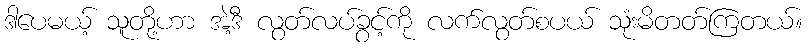
ဒါပေမယ့် သူတို့ဟာ အဲ့ဒီ လွတ်လပ်ခွင့်ကို လက်လွတ်စပယ် သုံးမိတတ်ကြတယ်။